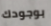
بوجودك